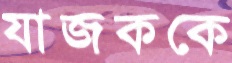
যাজককে